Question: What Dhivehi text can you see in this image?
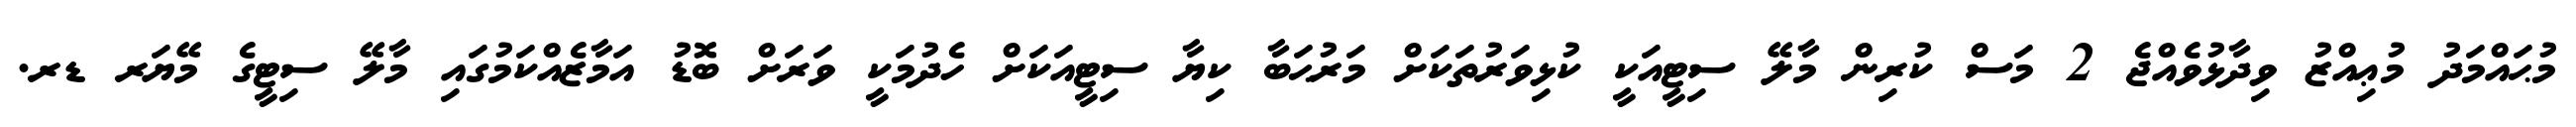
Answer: މުޙައްމަދު މުޢިއްޒު ވިދާޅުވެއްޖެ 2 މަސް ކުރިން މާލޭ ސިޓީއަކީ ކުޅިވަރުތަކަށް މަރުޙަބާ ކިޔާ ސިޓީއަކަށް ހެދުމަކީ ވަރަށް ބޮޑު އަމާޒެއްކަމުގައި މާލޭ ސިޓީގެ މޭޔަރ ޑރ.